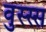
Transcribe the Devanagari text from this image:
वुस्स्स